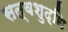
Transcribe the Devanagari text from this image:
सत्वशुद्धि